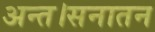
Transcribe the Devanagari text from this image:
अन्त।सनातन